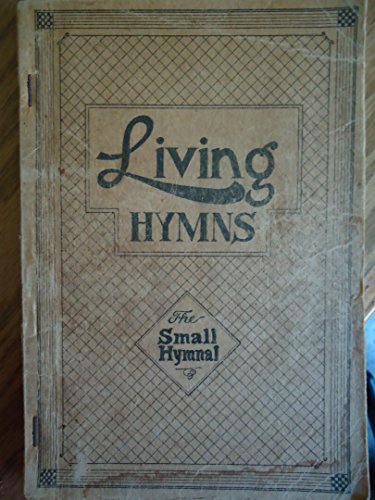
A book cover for Living Hymns: The Small Hymnal; Samuel W. Beazley, Charles A. Boyd, Albert H. Gage, Louis H. Koehler Compiled and Edited by William E. Chalmers; Christian Books & Bibles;